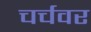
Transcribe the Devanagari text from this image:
चर्चवर